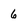
Character: 6